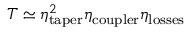
T \simeq \eta _ { \mathrm { t a p e r } } ^ { 2 } \eta _ { \mathrm { c o u p l e r } } \eta _ { \mathrm { l o s s e s } }